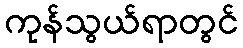
ကုန်သွယ်ရာတွင်